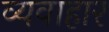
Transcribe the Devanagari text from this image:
व्यवाहार